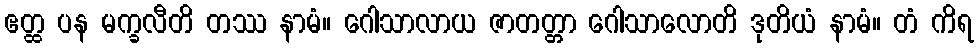
ဧတ္ထ ပန မက္ခလီတိ တဿ နာမံ။ ဂေါသာလာယ ဇာတတ္တာ ဂေါသာလောတိ ဒုတိယံ နာမံ။ တံ ကိရ